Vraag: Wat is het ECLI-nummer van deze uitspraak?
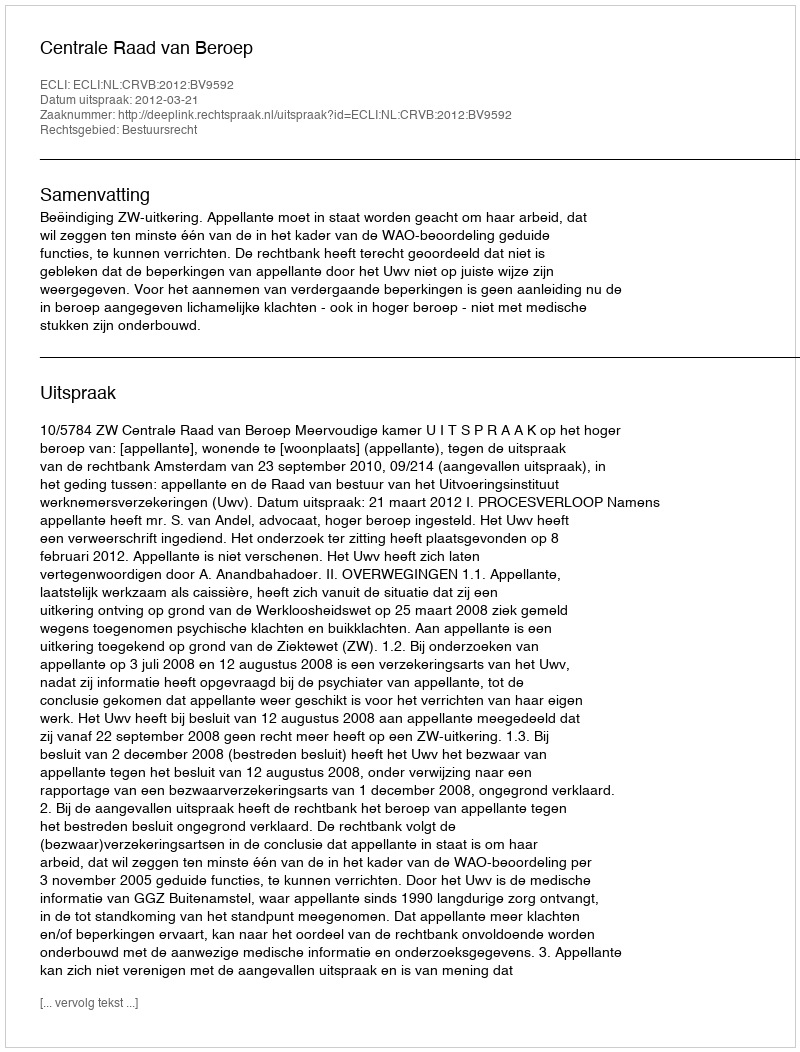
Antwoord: ECLI:NL:CRVB:2012:BV9592